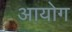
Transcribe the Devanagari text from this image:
अायोग